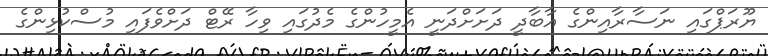
ޔޫރަޕްގައި ނަސާރާއިންގެ އާބާދީ ދަށަށްދަނީ އެމީހުންގެ މެދުގައި ވިހާ ރޭޓް ދަށްވެފައި މުސްކުޅިންގެ